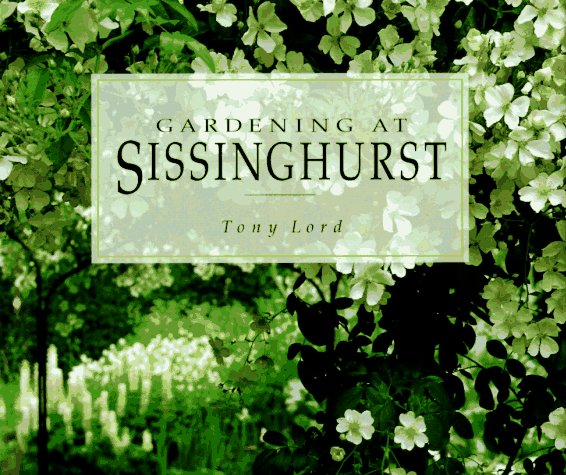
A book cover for Gardening at Sissinghurst; Tony Lord; Crafts, Hobbies & Home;